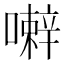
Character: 𰈹